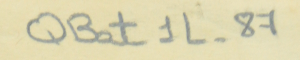
QBat1L-87